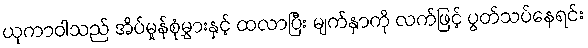
ယုကာဝါသည် အိပ်မှုန်စုံမွှားနှင့် ထလာပြီး မျက်နှာကို လက်ဖြင့် ပွတ်သပ်နေရင်း